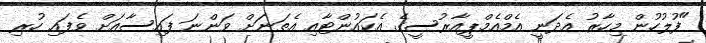
"ފުލުހުން މިހާރު އެދަނީ އެމްއެމްޕީއާރުސީގެ އެކައުންޓާއި އެތަނަށް ވަންނަ ފައިސާއަށް ވެފައި ހުރި